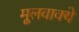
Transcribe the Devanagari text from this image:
मूलवाक्ये